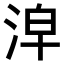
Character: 𣴢